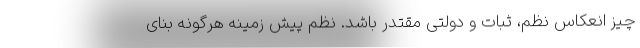
چیز انعکاس نظم، ثبات و دولتی مقتدر باشد. نظم پیش زمینه هرگونه بنای